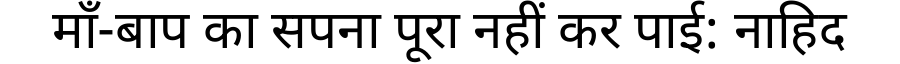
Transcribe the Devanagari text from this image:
माँ-बाप का सपना पूरा नहीं कर पाई: नाहिद